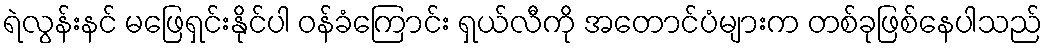
ရဲလွန်းနင် မဖြေရှင်းနိုင်ပါ ဝန်ခံကြောင်း ရှယ်လီကို အတောင်ပံများက တစ်ခုဖြစ်နေပါသည်